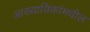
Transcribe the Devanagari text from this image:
आख्यायिकांमधील